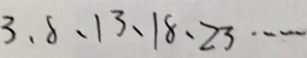
3 、 8 、 1 3 、 1 8 、 2 3 \cdots